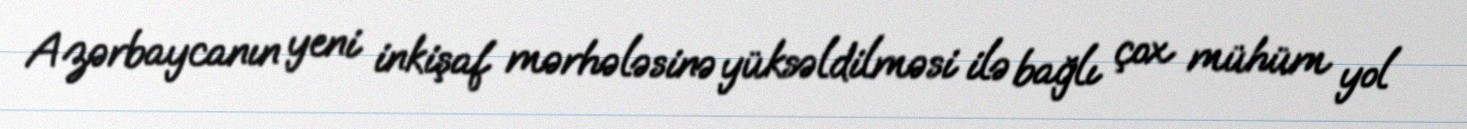
Azərbaycanın yeni inkişaf mərhələsinə yüksəldilməsi ilə bağlı çox mühüm yol